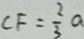
C F = \frac { 2 } { 3 } a